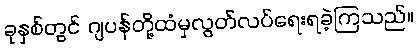
ခုနှစ်တွင် ဂျပန်တို့ထံမှလွတ်လပ်ရေးရခဲ့ကြသည်။